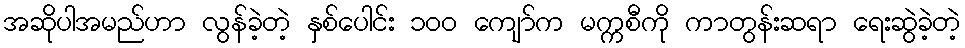
အဆိုပါအမည်ဟာ လွန်ခဲ့တဲ့ နှစ်ပေါင်း ၁၀၀ ကျော်က မက္ကစီကို ကာတွန်းဆရာ ရေးဆွဲခဲ့တဲ့